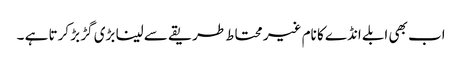
اب بھی ابلے انڈے کا نام غیر محتاط طریقے سے لینا بڑی گڑ بڑ کرتا ہے ۔